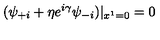
( \psi _ { + i } + \eta e ^ { i \gamma } \psi _ { - i } ) | _ { x ^ { 1 } = 0 } = 0